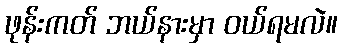
ဖုန်းကတ် ဘယ်နားမှာ ဝယ်ရမလဲ။